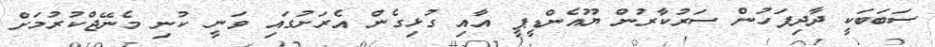
ސަބަބަކީ ދާދިފަހުން ސަރުކާރުން ޔޫއެންޑީޕީ އާއި ގުޅިގެން އެރަށުގައި ވަނީ ކުނި މެނޭޖްކުރުމަށް